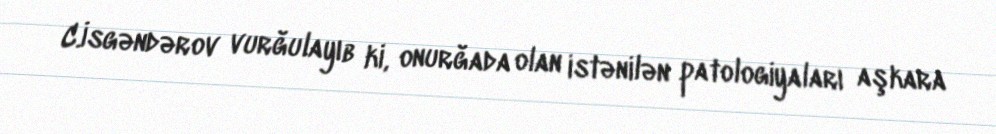
C.İsgəndərov vurğulayıb ki, onurğada olan istənilən patologiyaları aşkara